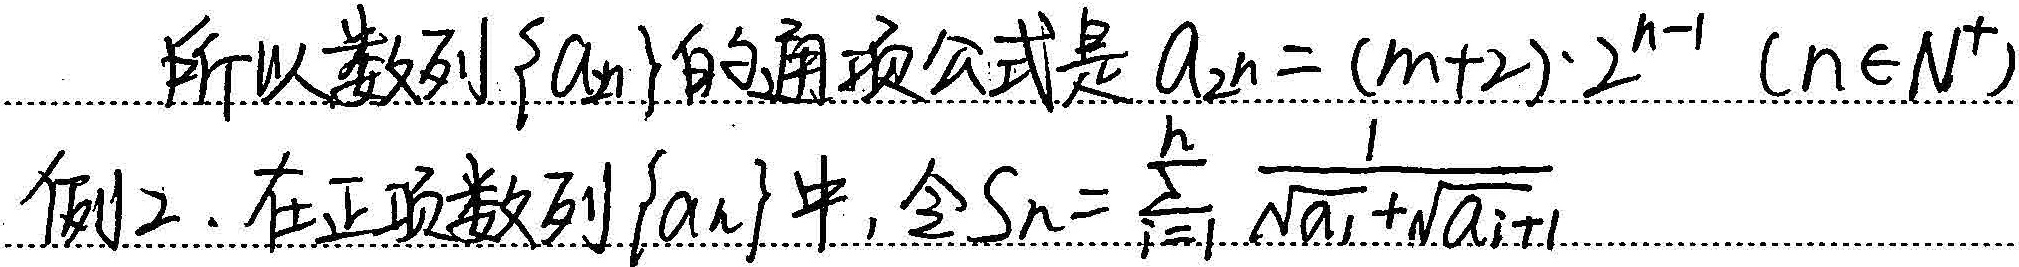
所以数列\(\{ a_{n}\}\)的通项公式是\(a_{n}=(n + 2)\cdot 2^{n - 1}\ (n\in N^{+})\)。

例2. 在正项数列\(\{ a_{n}\}\)中，令\(S_{n}=\sum_{i = 1}^{n}\frac{1}{\sqrt{a_{i}}+\sqrt{a_{i + 1}}}\)